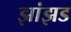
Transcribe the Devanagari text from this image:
झांझड